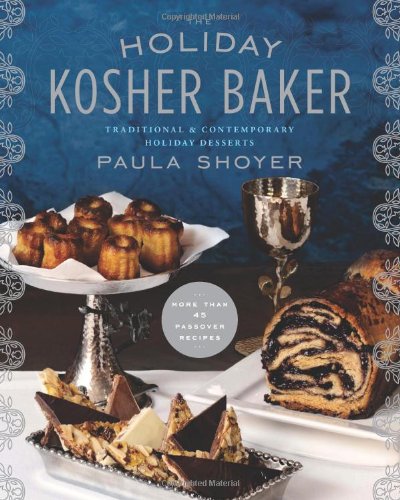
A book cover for The Holiday Kosher Baker: Traditional & Contemporary Holiday Desserts; Paula Shoyer; Cookbooks, Food & Wine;